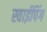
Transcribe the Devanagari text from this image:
स्वाईपिंग